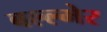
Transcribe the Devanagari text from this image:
बल्ल्मेर